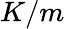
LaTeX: K/m